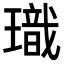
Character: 𪼞